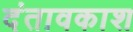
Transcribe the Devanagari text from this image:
दंतावकाश